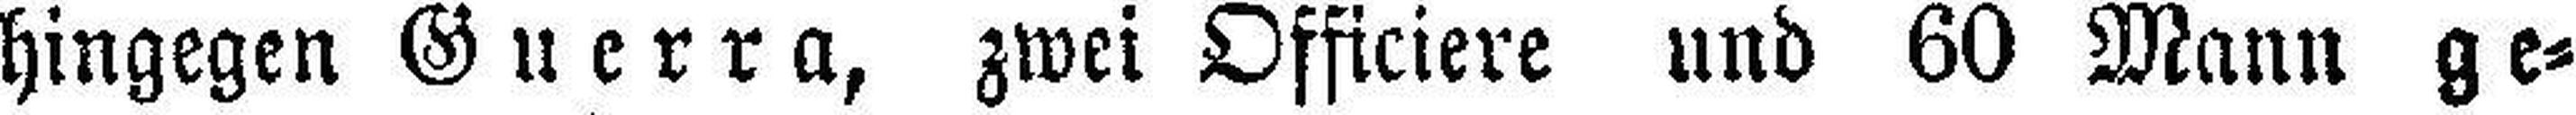
hingegen Guerra, zwei Officiere und 60 Mann ge¬